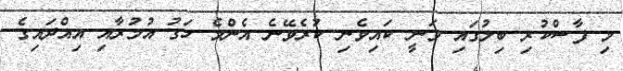
މި ފާސްކުރި ބިލުގައި ވަނީ ކައިވެނި ކުރެވޭނެ އެންމެ ހަގު އުމުރާއި އިއްދައިގެ